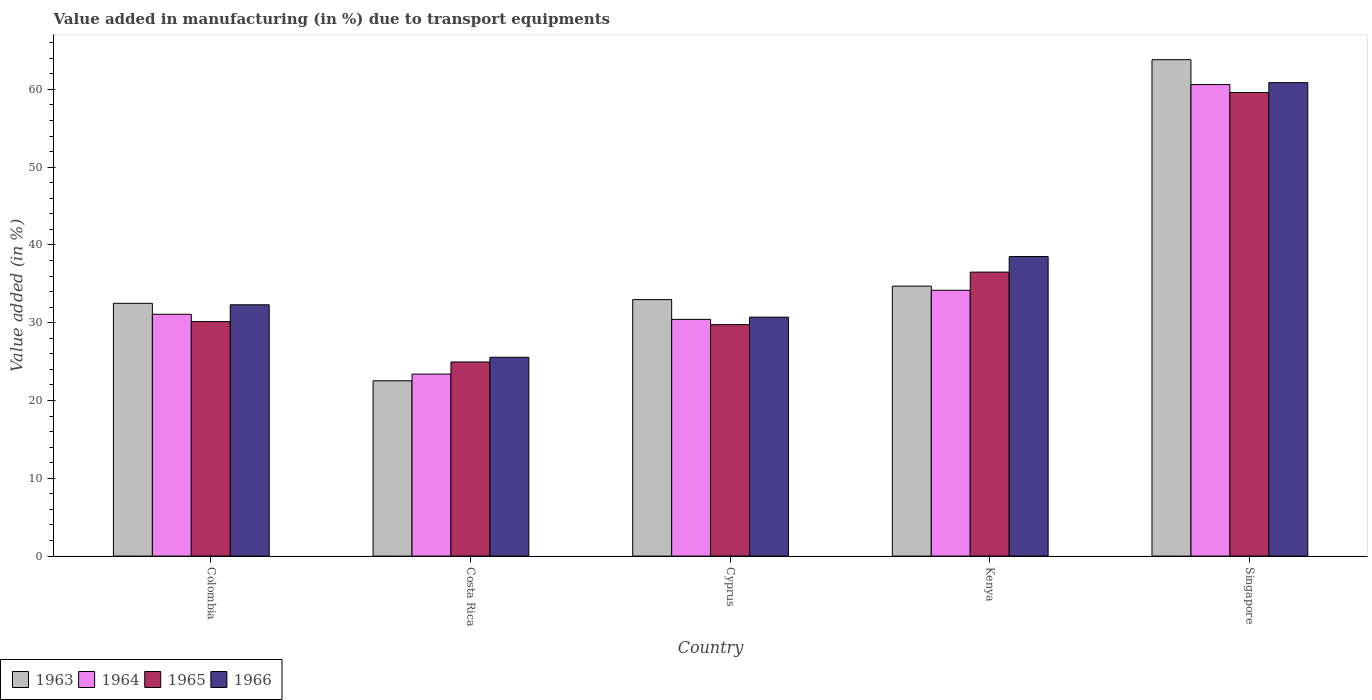
| Country | 1963 | 1964 | 1965 | 1966 |
 | --- | --- | --- | --- | --- |
 | Colombia | 32.5 | 31.1 | 30.1 | 32.3 |
 | Costa Rica | 22.5 | 23.4 | 25 | 25.6 |
 | Cyprus | 33 | 30.4 | 29.8 | 30.7 |
 | Kenya | 34.7 | 34.2 | 36.5 | 38.5 |
 | Singapore | 63.8 | 60.6 | 59.6 | 60.9 |